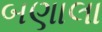
બણાલા